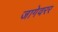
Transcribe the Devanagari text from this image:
जागेवरर